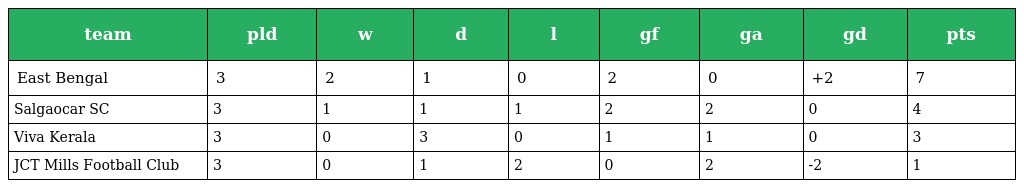
| team | pld | w | d | l | gf | ga | gd | pts |
 | --- | --- | --- | --- | --- | --- | --- | --- | --- |
 | East Bengal | 3 | 2 | 1 | 0 | 2 | 0 | +2 | 7 |
 | Salgaocar SC | 3 | 1 | 1 | 1 | 2 | 2 | 0 | 4 |
 | Viva Kerala | 3 | 0 | 3 | 0 | 1 | 1 | 0 | 3 |
 | JCT Mills Football Club | 3 | 0 | 1 | 2 | 0 | 2 | -2 | 1 |